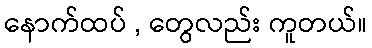
နောက်ထပ် , တွေလည်း ကူတယ်။